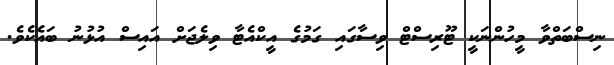
ނިސްބަތްވާ މީހުންނަކީ ޓޫރިސްޓް ވިސާގައި ގަމުގެ އީކްއެޓާ ވިލެޖަށް އައިސް އުޅުނު ބައެކެވެ.